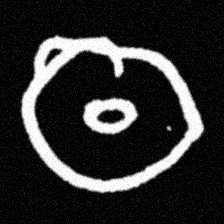
Pyu character \u2014 Myanmar letter: ထ (romanized: tha)